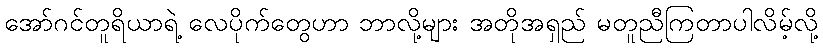
အော်ဂင်တူရိယာရဲ့ လေပိုက်တွေဟာ ဘာလို့များ အတိုအရှည် မတူညီကြတာပါလိမ့်လို့